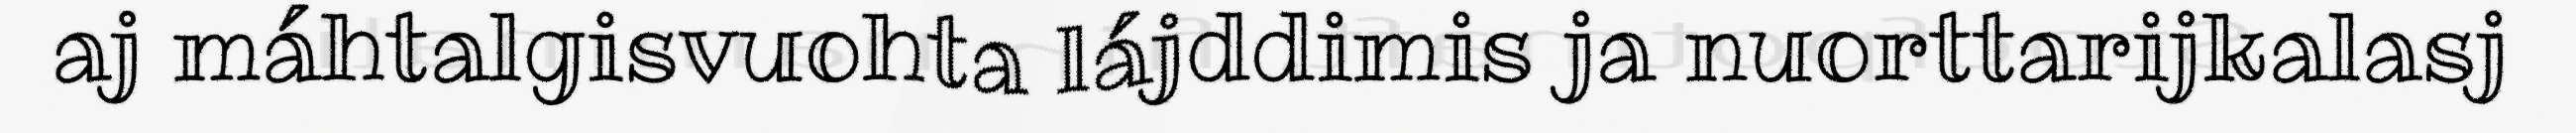
aj máhtalgisvuohta lájddimis ja nuorttarijkalasj